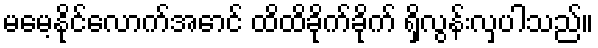
မမေ့နိုင်လောက်အောင် ထိထိခိုက်ခိုက် ရှိလွန်းလှပါသည်။